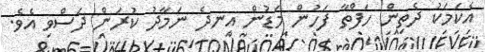
އެކަމަކު ދެތިން ހަފްތާ ފަހުން މަޑުން އިނދެ ނަމާދު ކުރަން ދަސްވި އެވެ.